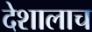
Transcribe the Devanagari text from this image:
देशालाच